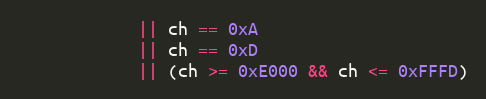
Language: Java
			|| ch == 0xA
			|| ch == 0xD
			|| (ch >= 0xE000 && ch <= 0xFFFD)